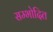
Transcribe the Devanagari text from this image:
सम्भोदित